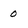
Character: 0